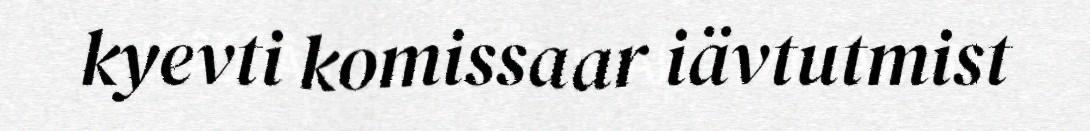
kyevti komissaar iävtutmist